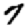
Digit: 7